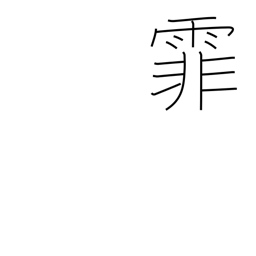
Meaning: falling rain or snow